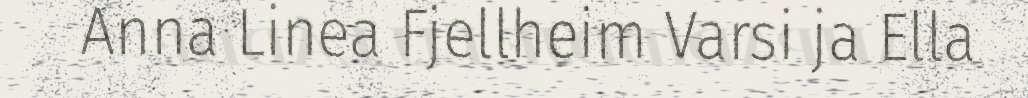
Anna Linea Fjellheim Varsi ja Ella